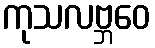
ကုသလဗ္ဘဝေ